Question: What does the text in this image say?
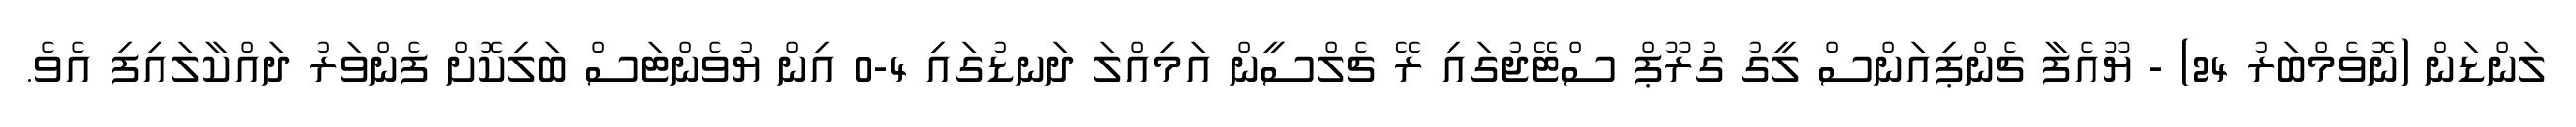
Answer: ލަންޑަން (ނޮވެމްބަރު 24) - ޔޫއެފާ ޗެންޕިއަންސް ލީގު ގުރޫޕް ސްޓޭޖުގައި ރޭ ޗެލްސީން އަމިއްލަ ދަނޑުގައި 4-0 އިން ޔުވެންޓަސް ބަލިކޮށް ފެންވަރު ދައްކާލައިފި އެވެ.